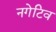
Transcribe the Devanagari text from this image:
नगेटिव